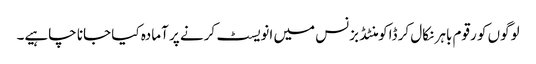
لوگوں کو رقوم باہر نکال کر ڈاکومنٹڈ بزنس میں انویسٹ کرنے پر آمادہ کیا جانا چاہیے۔